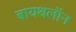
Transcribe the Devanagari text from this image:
बायथलॉन